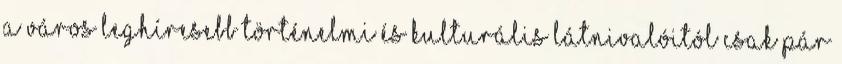
a város leghíresebb történelmi és kulturális látnivalóitól csak pár